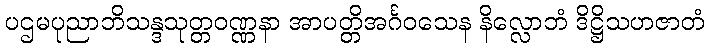
ပဌမပုညာဘိသန္ဒသုတ္တဝဏ္ဏနာ အာပတ္တိအင်္ဂဝသေန နိလ္လောဘံ ဒိဋ္ဌိသဟဇာတံ